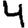
Digit: 4